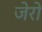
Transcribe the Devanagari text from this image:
जेरो